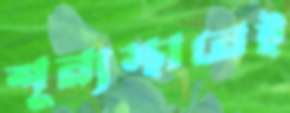
শূন্যস্থানেই